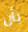
بأن